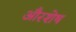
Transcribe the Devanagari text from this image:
औरशेष